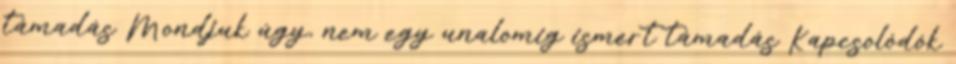
támadás Mondjuk úgy, nem egy unalomig ismert támadás Kapcsolódók